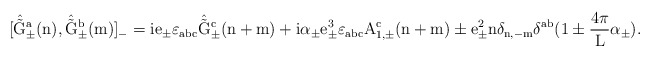
\begin{align*}[\hat{\tilde{\rm G}}_{\pm}^a(n), \hat{\tilde{\rm G}}_{\pm}^b(m)]_{-}=ie_{\pm} \varepsilon_{abc} \hat{\tilde{\rm G}}_{\pm}^c(n+m)+i{\alpha}_{\pm} e_{\pm}^3 \varepsilon_{abc} A_{1,\pm}^c(n+m)\pm e_{\pm}^2 n \delta_{n,-m} \delta^{ab} (1 \pm \frac{4\pi}{\rm L}\alpha_{\pm} ).\end{align*}